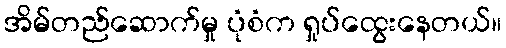
အိမ်တည်ဆောက်မှု ပုံစံက ရှုပ်ထွေးနေတယ်။